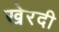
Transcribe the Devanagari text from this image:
खेरदी